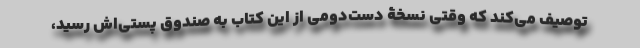
توصیف می‌کند که وقتی نسخۀ دست‌دومی از این کتاب به صندوق پستی‌اش رسید،